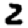
Digit: 2